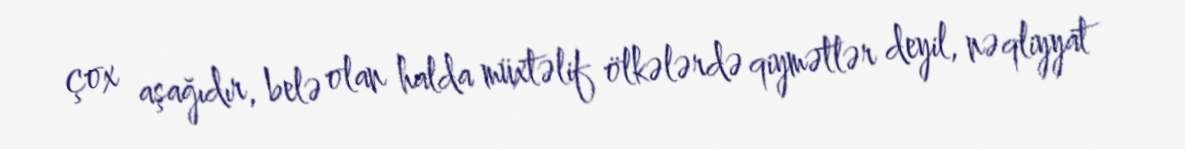
çox aşağıdır, belə olan halda müxtəlif ölkələrdə qiymətlər deyil, nəqliyyat